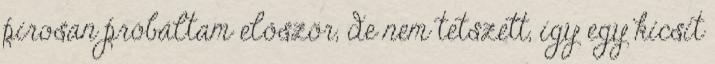
pirosan próbáltam először, de nem tetszett, így egy kicsit